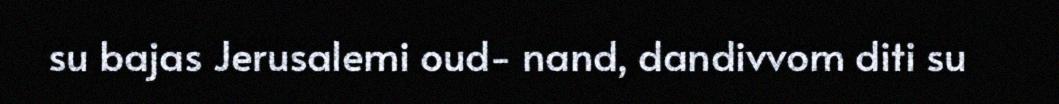
su bajas Jerusalemi oud- nand, dandivvom diti su